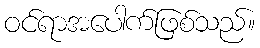
ဝင်ရာအပေါက်ဖြစ်သည်။